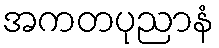
အကတပုညာနံ